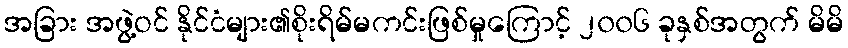
အခြား အဖွဲ့ဝင် နိုင်ငံများ၏စိုးရိမ်မကင်းဖြစ်မှုကြောင့် ၂၀၀၆ ခုနှစ်အတွက် မိမိ